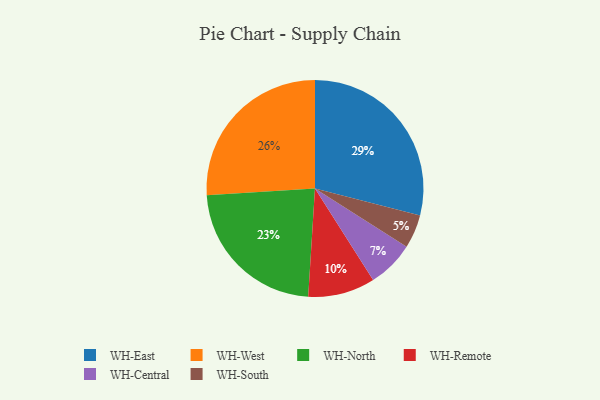
{"axis": {"x": "Category", "y": "Percentage"}, "legend": ["WH-Central", "WH-East", "WH-North", "WH-Remote", "WH-South", "WH-West"], "data": [{"x": "WH-Remote", "y": 10, "type": "WH-Remote"}, {"x": "WH-East", "y": 29, "type": "WH-East"}, {"x": "WH-West", "y": 26, "type": "WH-West"}, {"x": "WH-North", "y": 23, "type": "WH-North"}, {"x": "WH-South", "y": 5, "type": "WH-South"}, {"x": "WH-Central", "y": 7, "type": "WH-Central"}]}